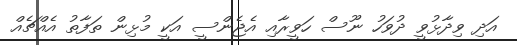
އަދި ވިދާޅުވީ ދުވަހު ނޫސް ހަވީރާއި އެޖެންސީ އަކީ މުޅިން ތަފާތު އެއްޗެއް